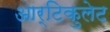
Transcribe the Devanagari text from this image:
आर्टिकुलेट